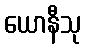
ယောနီသု